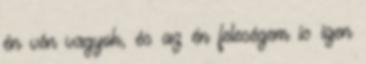
én vén vagyok, és az én feleségem is igen